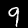
Digit: 9